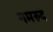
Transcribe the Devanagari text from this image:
नमरुद